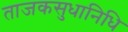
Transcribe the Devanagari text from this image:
ताजकसुधानिधि